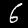
Label: 6